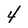
Character: 4